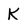
Character: K